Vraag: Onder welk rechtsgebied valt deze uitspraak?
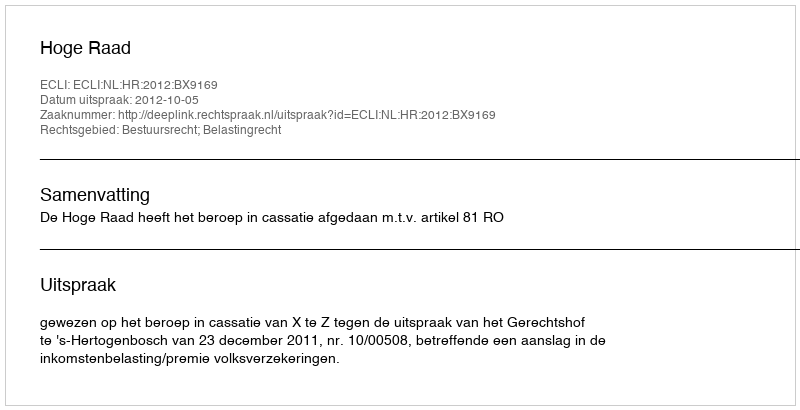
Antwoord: Bestuursrecht; Belastingrecht